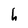
Character: h